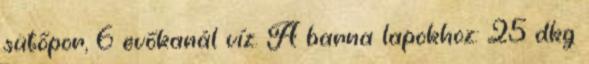
sütőpor, 6 evőkanál víz. A barna lapokhoz: 25 dkg